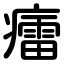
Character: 癗